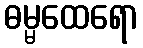
ဓမ္မထေရော